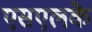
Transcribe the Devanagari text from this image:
एसएलके